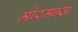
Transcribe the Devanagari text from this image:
मोरमन्स